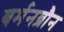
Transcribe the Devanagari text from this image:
बर्मनब्रौन